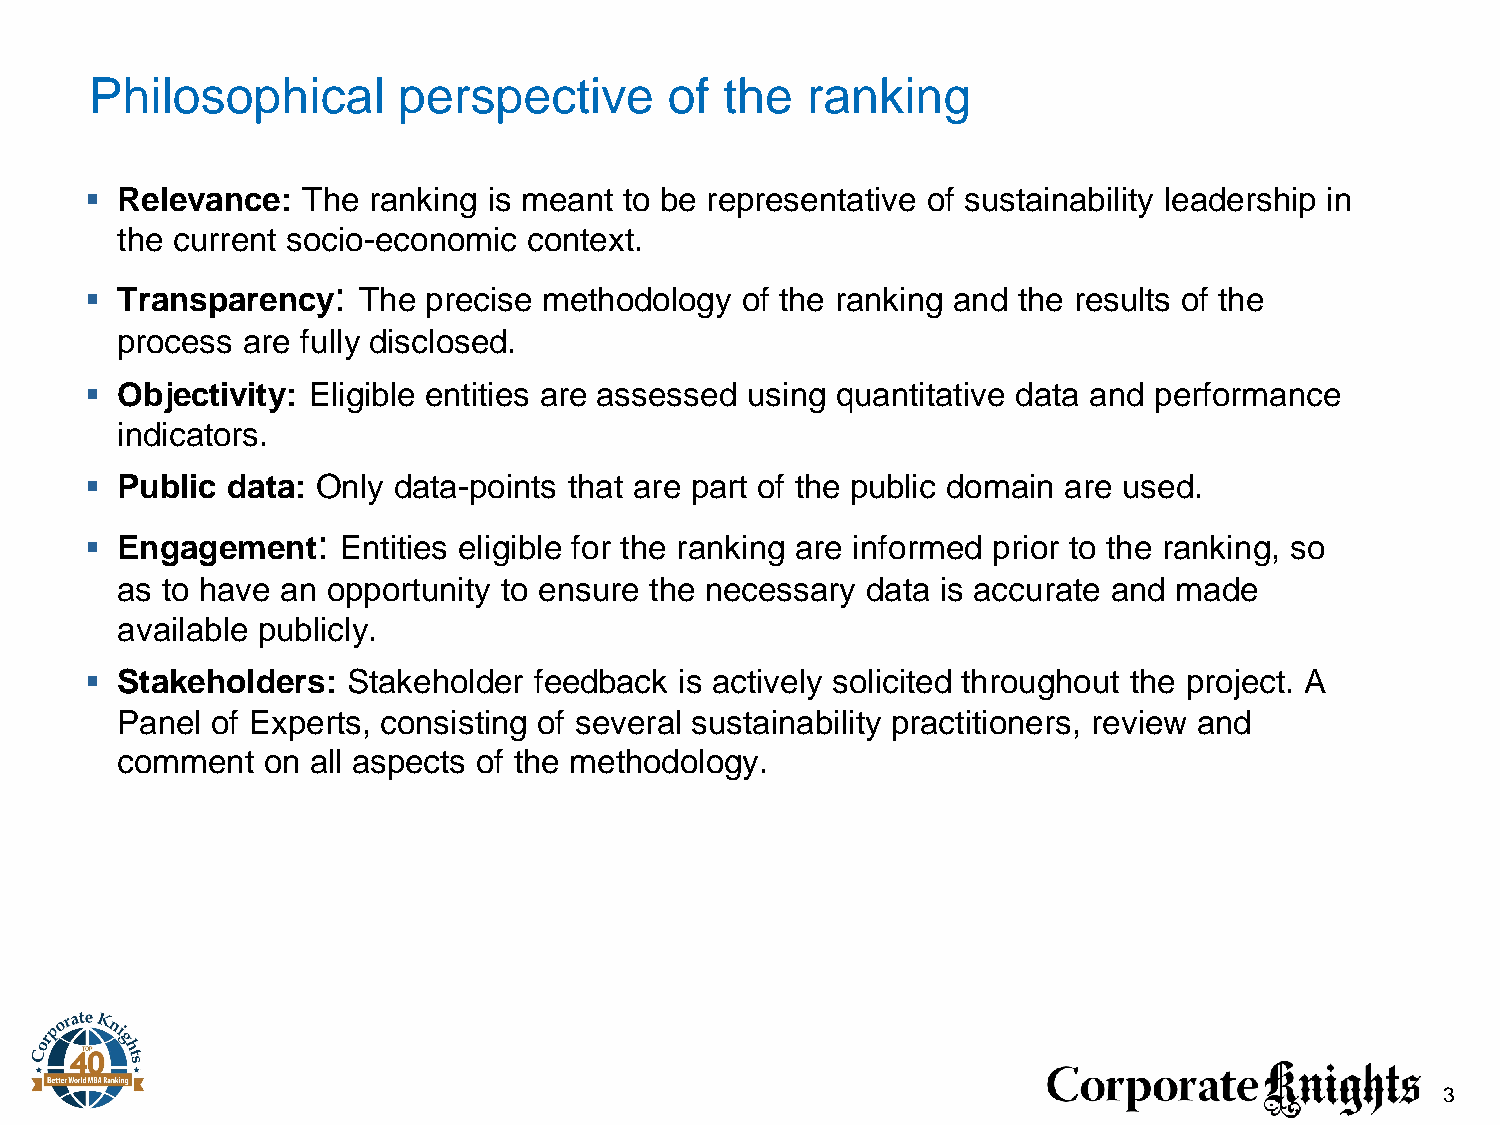
Philosophical       perspective       of  the  ranking
 ▪ Relevance:  The ranking is meant to be representative of sustainability leadership in
 the current socio-economic context.
 :
 ▪ Transparency    The precise methodology  of the ranking and the results of the
 process are fully disclosed.
 ▪ Objectivity: Eligible entities are assessed using quantitative data and performance
 indicators.
 ▪ Public data: Only data-points that are part of the public domain are used.
 :
 ▪ Engagement    Entities eligible for the ranking are informed prior to the ranking, so
 as to have an opportunity to ensure the necessary data is accurate and made
 available publicly.
 ▪ Stakeholders:  Stakeholder feedback  is actively solicited throughout the project. A
 Panel of Experts, consisting of several sustainability practitioners, review and
 comment  on  all aspects of the methodology.
 3